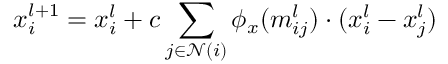
x _ { i } ^ { l + 1 } = x _ { i } ^ { l } + c \sum _ { j \in \mathcal { N } ( i ) } \phi _ { x } ( m _ { i j } ^ { l } ) \cdot ( x _ { i } ^ { l } - x _ { j } ^ { l } )